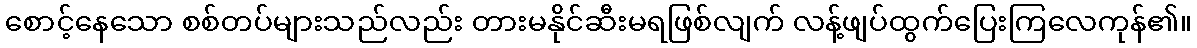
စောင့်နေသော စစ်တပ်များသည်လည်း တားမနိုင်ဆီးမရဖြစ်လျက် လန့်ဖျပ်ထွက်ပြေးကြလေကုန်၏။